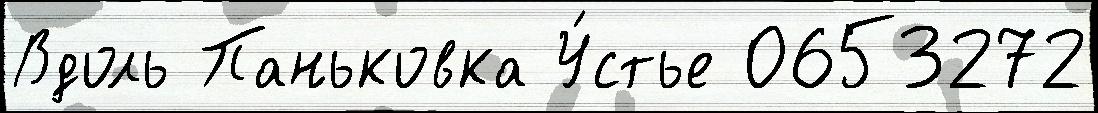
Вдоль Паньковка У́стье 0653272